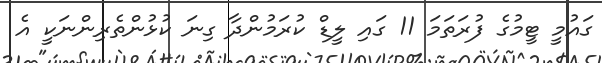
ގައުމީ ޓީމުގެ ފުރަތަމަ 11 ގައި ލީޑް ކުރަމުންދާ ގިނަ ކުޅުންތެރިންނަކީ އެ